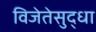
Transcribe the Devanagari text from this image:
विजेतेसुद्धा